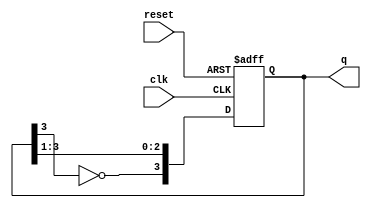
module johnson_counter #(
    parameter N = 4 // Number of flip-flops (stages)
)(
    input wire clk,        // Clock input
    input wire reset,      // Asynchronous reset input
    output reg [N-1:0] q   // Counter output
);

// Internal signal for the feedback mechanism
wire feedback;

assign feedback = ~q[N-1]; // Inverted output of the last flip-flop

// Always block for the Johnson counter logic
always @(posedge clk or posedge reset) begin
    if (reset) begin
        q <= 0; // Reset all flip-flops to 0
    end else begin
        // Shift the values and feed back the inverted last flip-flop
        q <= {feedback, q[N-1:1]};
    end
end

endmodule